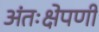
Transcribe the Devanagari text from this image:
अंतःक्षेपणी